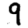
Digit: 9